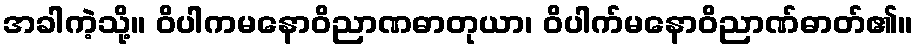
အခါကဲ့သို့။ ဝိပါကမနောဝိညာဏဓာတုယာ၊ ဝိပါက်မနောဝိညာဏ်ဓာတ်၏။